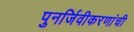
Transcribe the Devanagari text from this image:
पुनर्जिवीकरणांची